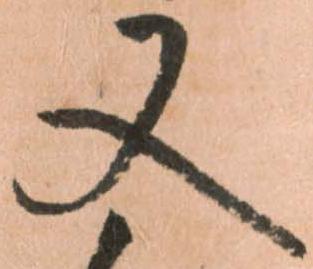
又